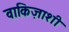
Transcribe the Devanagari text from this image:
वाकिज़ाशी